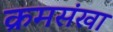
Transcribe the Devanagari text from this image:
क्रमसंखा